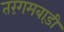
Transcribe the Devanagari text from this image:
तरंगमबाड़ी